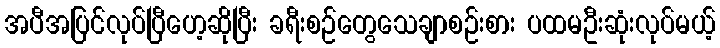
အပီအပြင်လုပ်ပြီဟေ့ဆိုပြီး ခရီးစဉ်တွေသေချာစဉ်းစား ပထမဦးဆုံးလုပ်မယ့်